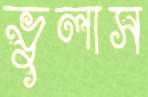
ভুলাস